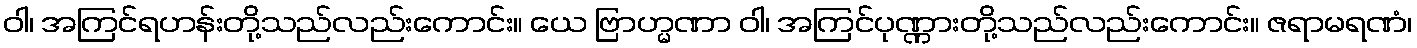
ဝါ၊ အကြင်ရဟန်းတို့သည်လည်းကောင်း။ ယေ ဗြာဟ္မဏာ ဝါ၊ အကြင်ပုဏ္ဏားတို့သည်လည်းကောင်း။ ဇရာမရဏံ၊